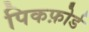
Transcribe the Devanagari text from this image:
पिकफ़ोर्ड